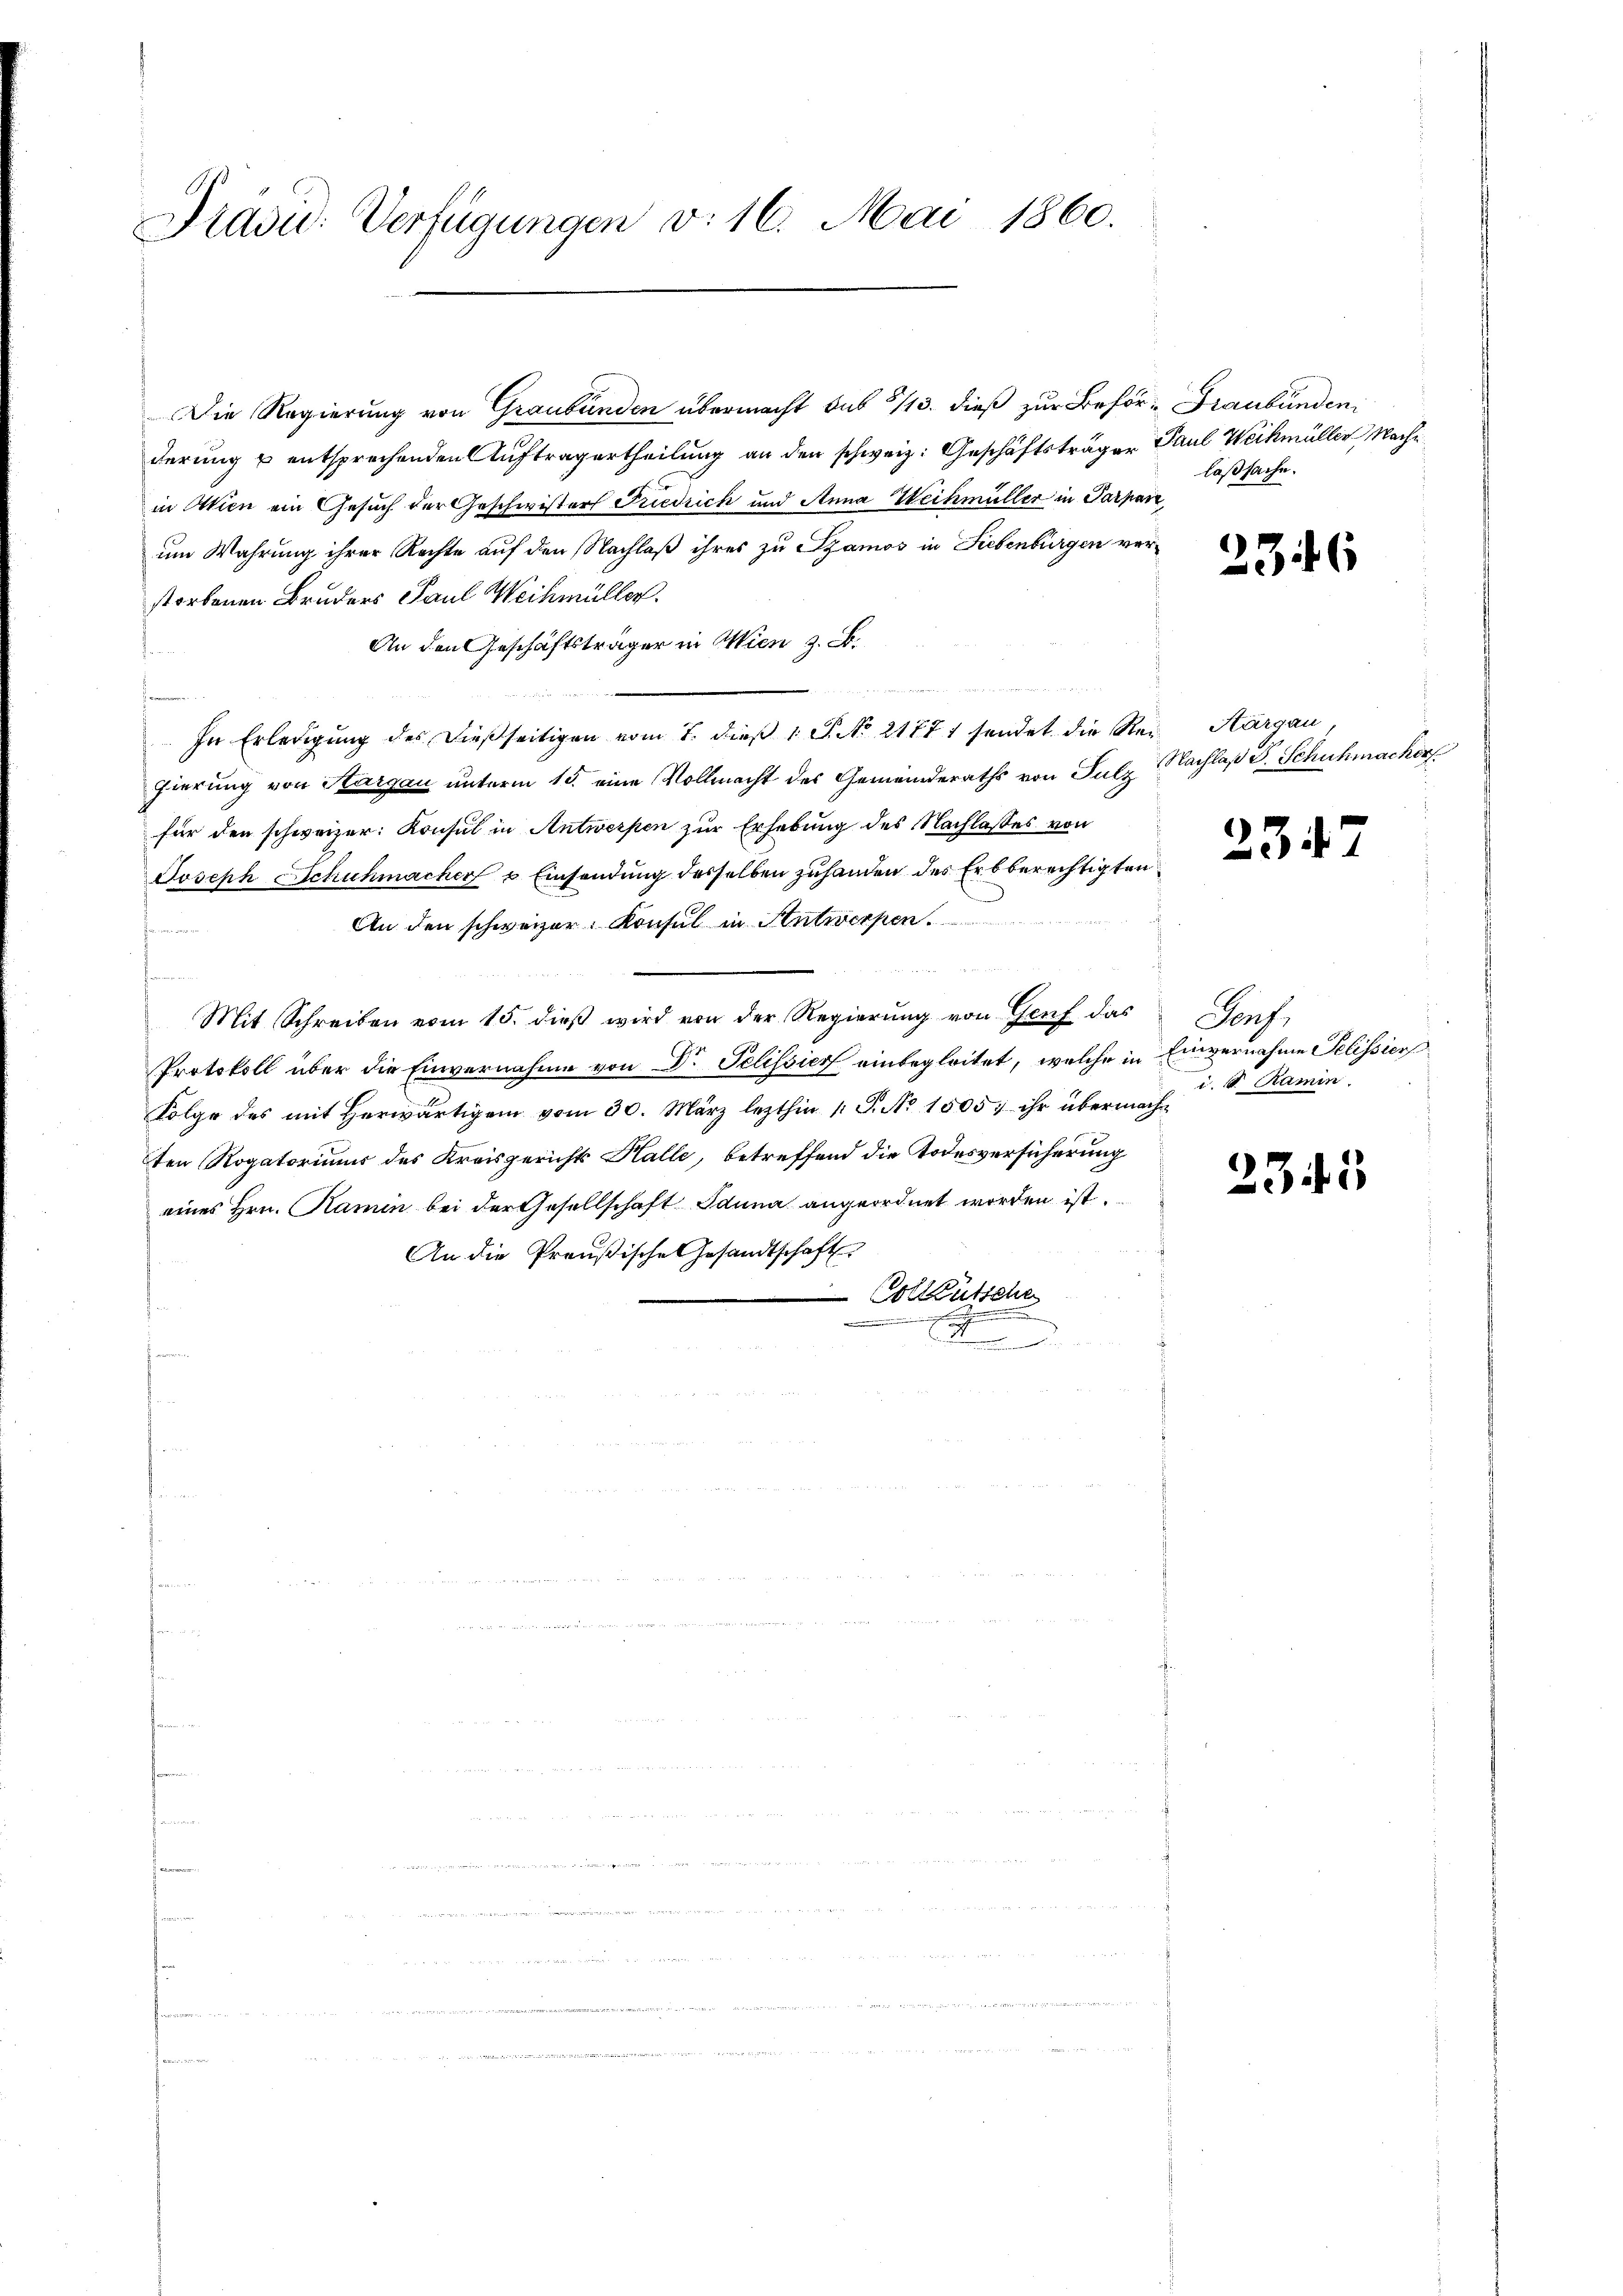
Präsid. Verfügungen v. 16. Mai 1860.

Die Regierung von Graubünden übermacht sub 5/13. dieß zur Behör- Graubünden
derung u entsprechenden Auftrag ertheilung an den schweiz. Geschäftsträger Paul Weihmüller Nachin Wien ein Gesuch der Geschwisters Friedrich und Anna Weihmüller in Parpar
um Wahrung ihrer Rechte auf den Nachlaß ihres zu Szamos in Liebenbürgen ver
storbenen Bruders Paul Weihmüller.
An den Geschäftsträger in Wien z. B.

 Sinnern d. 1. Seiter
In Erledigung des dießseitigen vom 7. dieß 1 S. No 21771 sendet die Reigierung von Aargau unterm 15. eine Vollmacht des Gemeinderaths von Sulz
für den schweizer: Konsul in Antwerpen zur Erhebung des Nachlasses von
Joseph Schuhmacher & Einsendung desselben zuhanden des Erbberechtigten
An den schweizer. Konsul in Antwerpen.
Formund
Mit Schreiben vom 15. dieβ wird von der Regierŭng von Genf das
Protokoll über die Einvernahme von Dr. Pelissier einbegleitet, welche in Einvernahme Selission
Folge des mit herwärtigen vom 30. März lezthin 1 S. No 1505; ihr übermachten Rogatoriums des Kreisgerichts Halle, betreffend die Todesversicherung
eines Hrn. Ramin bei der Gesellschaft Iduna angeordnet worden ist.
An die Preußische Gesandtschaft
Colktütsche
.
E
u

laßsache.

2346

Aargau,
Nachlaß P. Schuhmacher

234

4

Porf.
i. S. Ramin

233